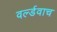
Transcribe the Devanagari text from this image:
वर्ल्डवाच